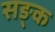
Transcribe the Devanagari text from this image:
सङ्क